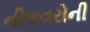
નીલવરોની